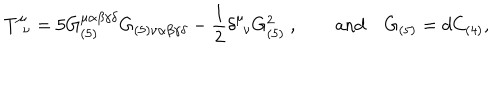
T _ { \phantom { \mu } \nu } ^ { \mu } = 5 G _ { ( 5 ) } ^ { \mu \alpha \beta \gamma \delta } G _ { ( 5 ) \nu \alpha \beta \gamma \delta } - \frac { 1 } { 2 } \delta _ { \phantom { \mu } \nu } ^ { \mu } G _ { ( 5 ) } ^ { 2 } \ , \qquad \mathrm { a n d } \quad G _ { ( 5 ) } = d C _ { ( 4 ) } ,